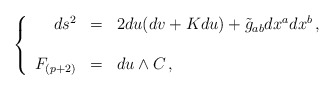
\begin{align*}\left\{ \begin{array}{rcl} ds^{2} & = & 2du(dv+Kdu)+\tilde{g}_{ab}dx^{a}dx^{b}\, , \\ \\ F_{(p+2)} & = & du\land C\, , \\ \end{array}\right.\end{align*}